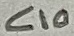
Text: C10